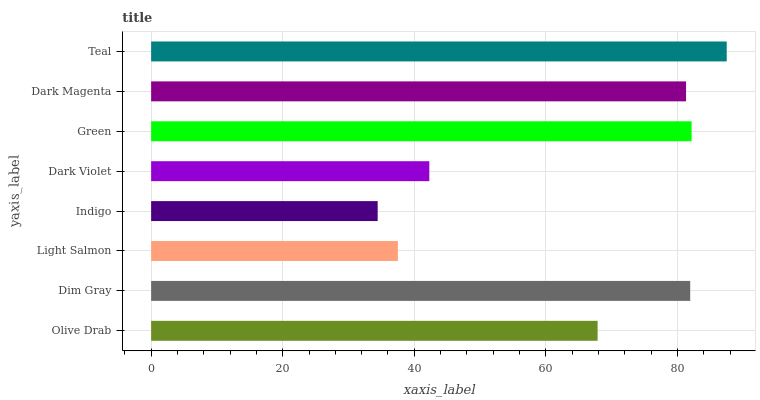
| yaxis_label | bars |
 | --- | --- |
 | Olive Drab | 67.9 |
 | Dim Gray | 81.9 |
 | Light Salmon | 37.5 |
 | Indigo | 34.4 |
 | Dark Violet | 42.3 |
 | Green | 82.2 |
 | Dark Magenta | 81.3 |
 | Teal | 87.5 |